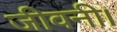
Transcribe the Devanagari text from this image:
जीवनी।